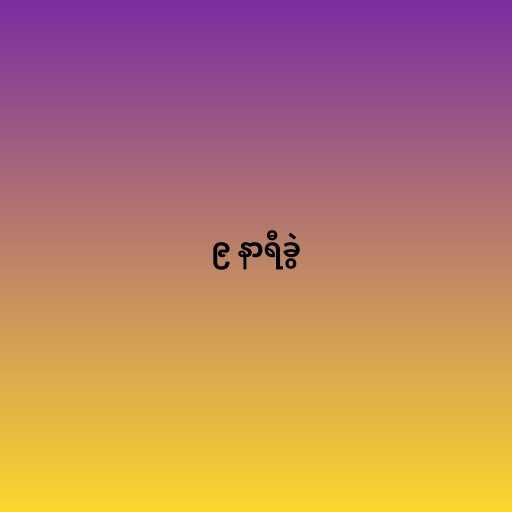
၉ နာရီခွဲ